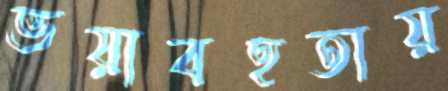
ভয়াবহতায়